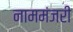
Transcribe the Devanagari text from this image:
नाममंजरी